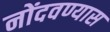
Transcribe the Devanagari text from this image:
नोंदवण्यास